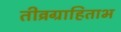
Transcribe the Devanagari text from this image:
तीव्रग्राहिताभ